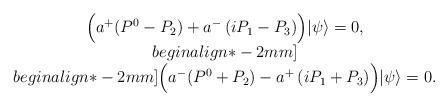
LaTeX: \begin{align*}\begin{array}{c} \Bigl(a^{+}(P^{0}-P_{2})+a^{-}\left( iP_{1}-P_{3} \right)\Bigr) |\psi\rangle = 0, \\begin{align*}-2mm]\\begin{align*}-2mm] \Bigl(a^{-}(P^{0}+P_{2})-a^{+}\left( iP_{1}+P_{3} \right) \Bigr) |\psi\rangle = 0.\end{array}\end{align*}